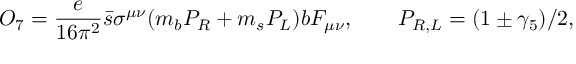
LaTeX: O _ { 7 } = \frac { e } { 1 6 \pi ^ { 2 } } \bar { s } \sigma ^ { \mu \nu } ( m _ { b } P _ { R } + m _ { s } P _ { L } ) b F _ { \mu \nu } , \qquad P _ { R , L } = ( 1 \pm \gamma _ { 5 } ) / 2 ,